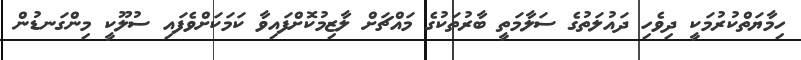
ހިމާޔަތްކުރުމަކީ ދިވެހި ދައުލަތުގެ ސަލާމަތީ ބާރުތަކުގެ މައްޗަށް ލާޒިމުކޮށްފައިވާ ކަމަކަށްވެފައި ސުލޫކީ މިންގަނޑުން